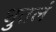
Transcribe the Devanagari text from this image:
धुतलं